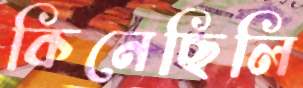
কিনেছিলি